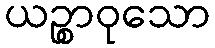
ယဉ္စာဝုသော